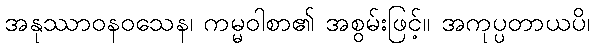
အနုဿာဝနဝသေန၊ ကမ္မဝါစာ၏ အစွမ်းဖြင့်။ အကုပ္ပတာယပိ၊